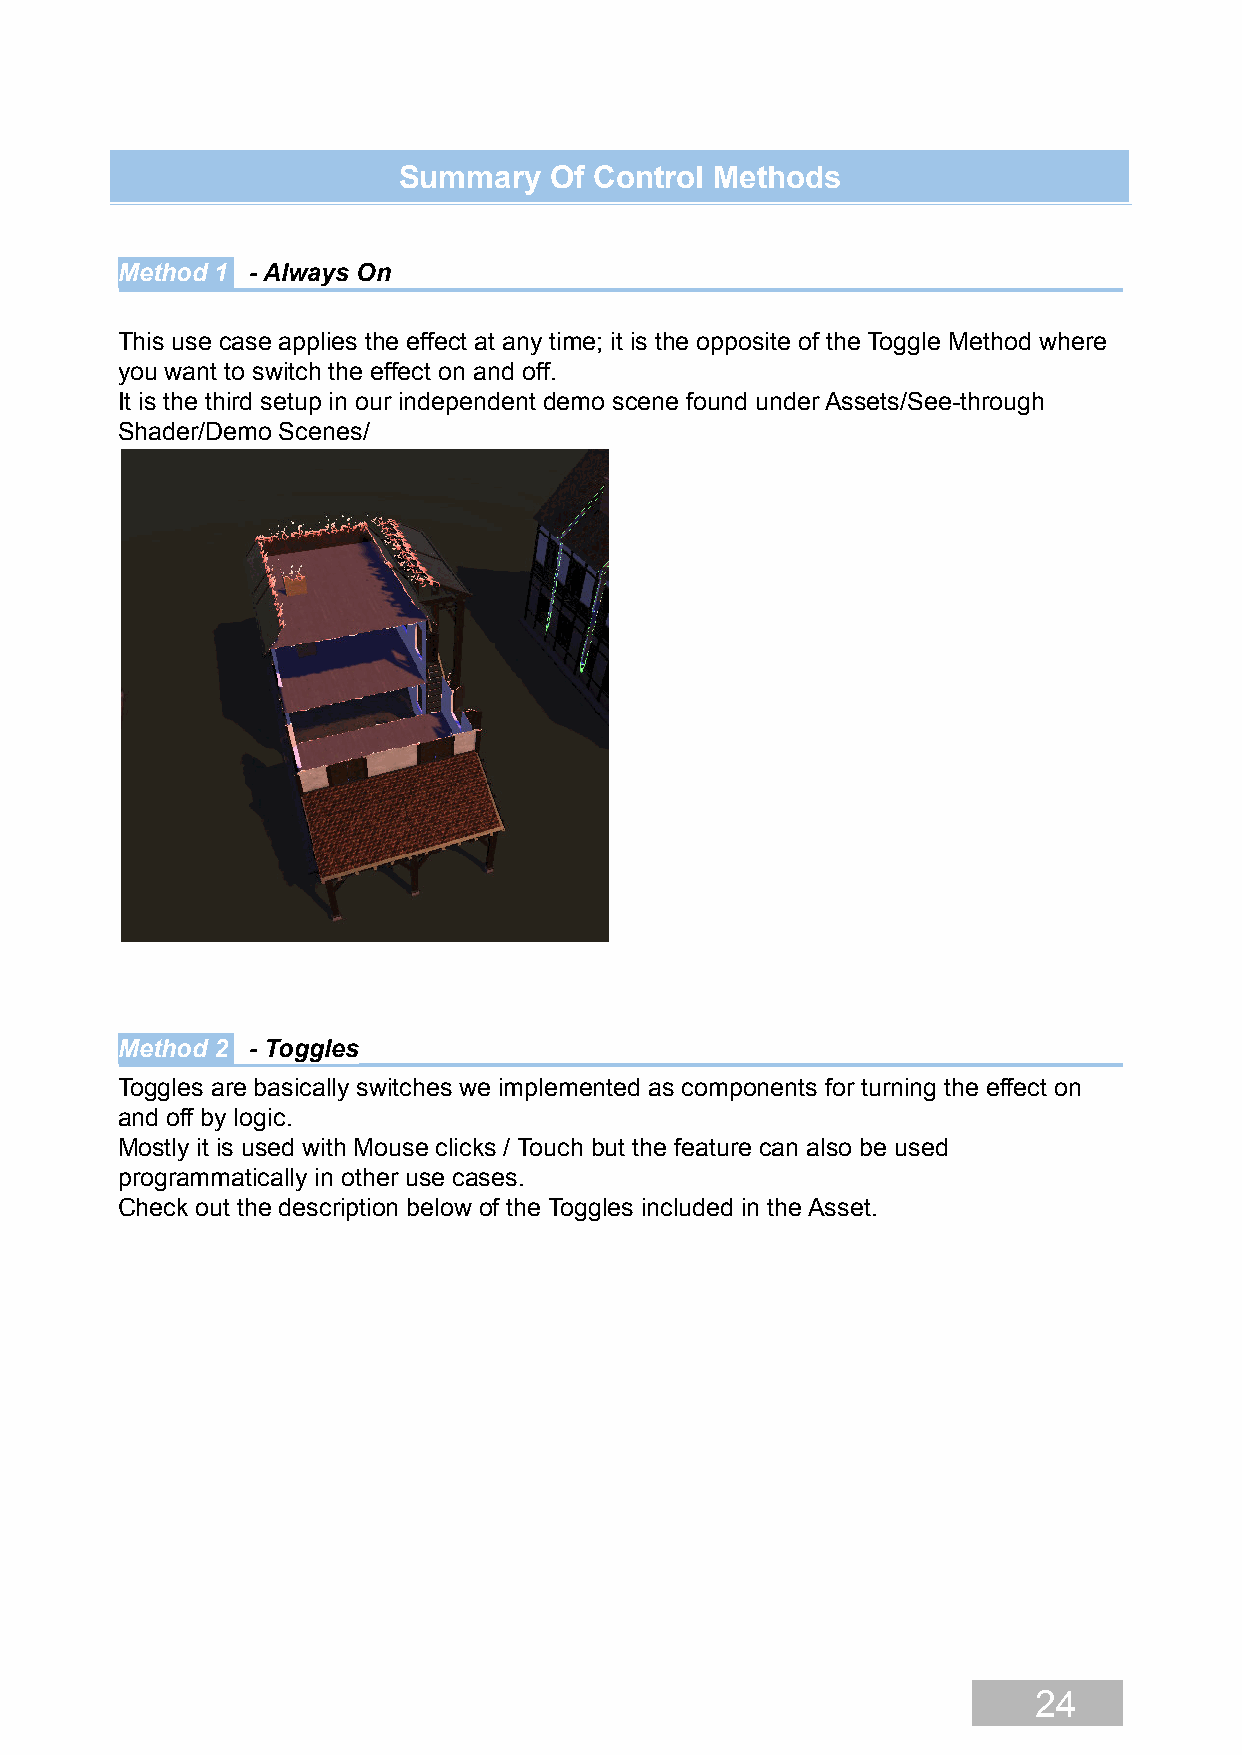
Summary   Of Control Methods
 Method 1 - Always On
 This use case applies the effect at any time; it is the opposite of the Toggle Method where
 you want to switch the effect on and off.
 It is the third setup in our independent demo scene found under Assets/See-through
 Shader/Demo Scenes/
 Method 2 - Toggles
 Toggles are basically switches we implemented as components for turning the effect on
 and off by logic.
 Mostly it is used with Mouse clicks / Touch but the feature can also be used
 programmatically in other use cases.
 Check out the description below of the Toggles included in the Asset.
 24